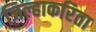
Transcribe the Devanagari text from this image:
जिल्हाकरिता